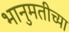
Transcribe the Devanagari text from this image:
भानुमतीच्या